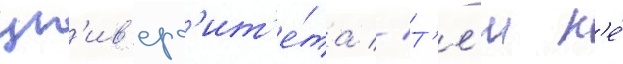
ун'ив'ерс'ит'е́та // Т'е́м н'е́